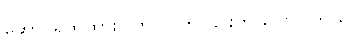
ဆောင်ရွက်ထားပါတယ် ဟု ၎င်းက ပြောပါတယ်။